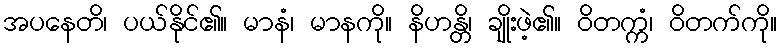
အပနေတိ၊ ပယ်နိုင်၏။ မာနံ၊ မာနကို။ နိဟန္တိ၊ ချိုးဖဲ့၏။ ဝိတက္ကံ၊ ဝိတက်ကို။